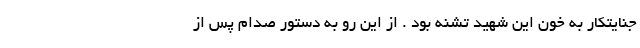
جنايتكار به خون اين شهيد تشنه بود . از اين رو به دستور صدام پس از